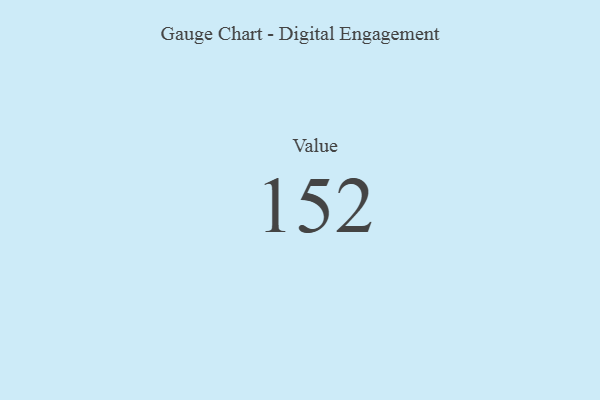
{"axis": {"x": "Metric", "y": "Value"}, "legend": [""], "data": [{"x": "Value", "y": 152, "type": ""}]}